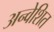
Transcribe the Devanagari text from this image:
अन्वेशित